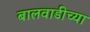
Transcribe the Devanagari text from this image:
बालवाडीच्या